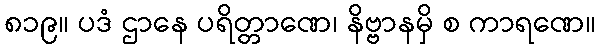
၈၁၉။ ပဒံ ဌာနေ ပရိတ္တာဏေ၊ နိဗ္ဗာနမှိ စ ကာရဏေ။